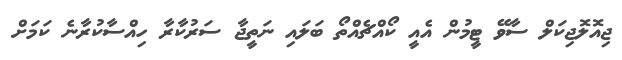
ޖިއޮލޮޖިކަލް ސާވޭ ޓީމުން އެއީ ކޯއްޗެއްތޯ ބަލައި ނަތީޖާ ސަރުކާރާ ހިއްސާކުރާނެ ކަމަށް